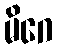
မိဂေ